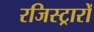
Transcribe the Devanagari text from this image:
रजिस्ट्रारों